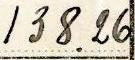
138.26